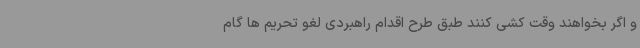
و اگر بخواهند وقت کشی کنند طبق طرح اقدام راهبردی لغو تحریم ها گام